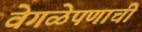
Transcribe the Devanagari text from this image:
वेगळेपणाची